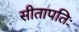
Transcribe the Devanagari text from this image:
सीतापतिः